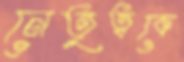
নেতৃত্বকে